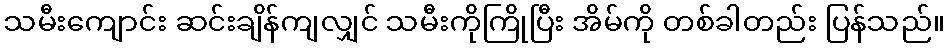
သမီးကျောင်း ဆင်းချိန်ကျလျှင် သမီးကိုကြိုပြီး အိမ်ကို တစ်ခါတည်း ပြန်သည်။